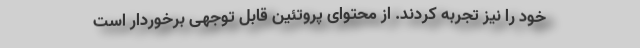
خود را نیز تجربه کردند. از محتوای پروتئین قابل توجهی برخوردار است